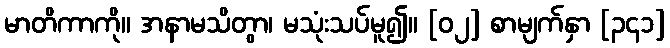
မာတိကာကို။ အနာမသိတွာ၊ မသုံးသပ်မူ၍။ [၀၂] စာမျက်နှာ [၃၄၁]